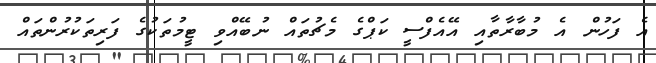
އެ ފަހުން އެ މުބާރާތާއި އޭއެފްސީ ކަޕްގެ މެޗުތައް ނުބޭއްވި ޓީމުތަކުގެ ފަރިތަކުރުންތައް